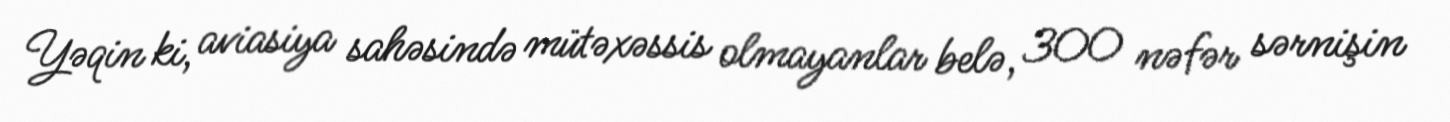
Yəqin ki, aviasiya sahəsində mütəxəssis olmayanlar belə, 300 nəfər sərnişin